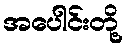
အပေါင်းတို့